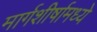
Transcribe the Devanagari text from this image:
मार्गशीर्षामध्ये